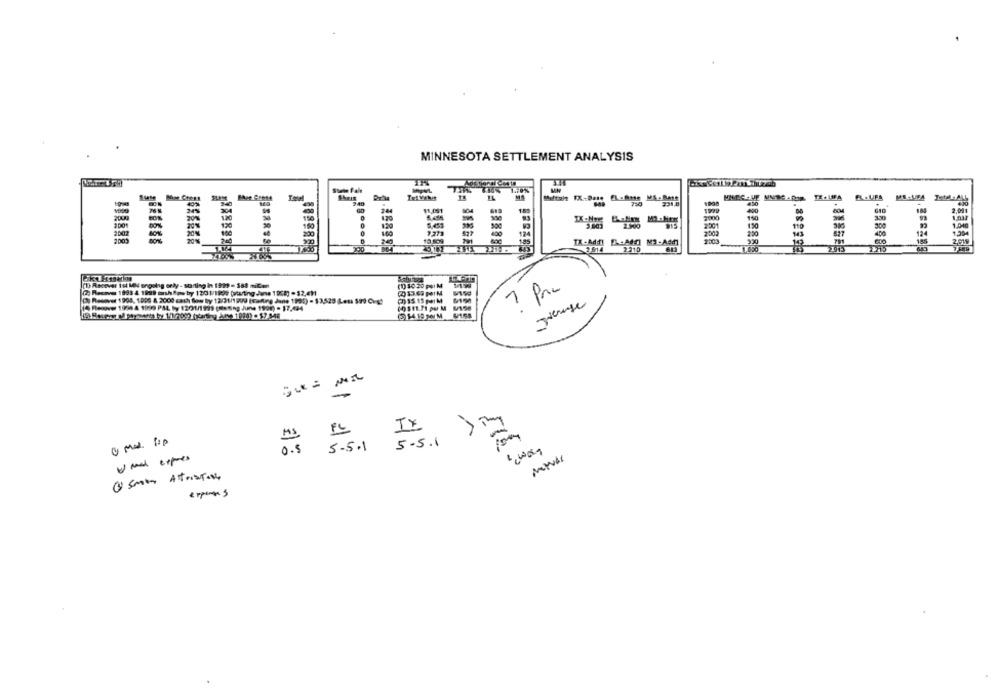
MINNESOTA SETTLEMENT ANALYSIS
11.051
150
150
9273
124
====
250
DCE
10 809
.ËR888
(10 Recover Ist MN ongoing erly - starting in 1999 - 388 miCon
(10 50 20 por )
7 Prc
Ch Resover 1994, 1099 & 2000 cash flow by 12/31/1209 (alting dans 1995) - 53,529 (Les 599 Cvg)
(15.15 FIM
14 Reve 1934 4 1929 PAL by 1201/199 (eating June 1999) - 17.424
69311.11 per M
-
IX
5.5.1 5.5.1
expenses